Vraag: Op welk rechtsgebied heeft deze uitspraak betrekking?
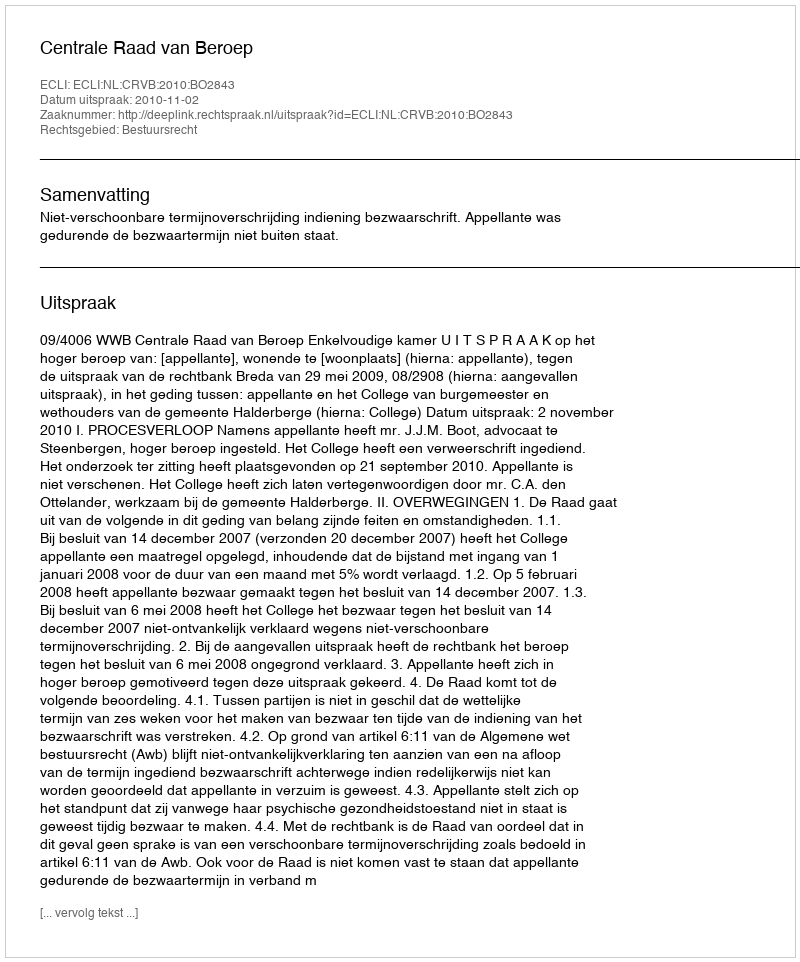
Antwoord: Bestuursrecht